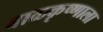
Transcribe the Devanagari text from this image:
बाळकृष्णाला